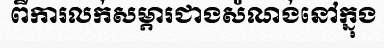
ពីការលក់សម្ភារជាងសំណង់នៅក្នុង